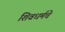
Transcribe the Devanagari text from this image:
शिवधर्मचे